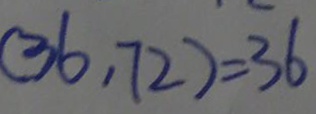
( 3 6 , 7 2 ) = 3 6